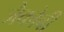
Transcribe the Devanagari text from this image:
जैकोवी